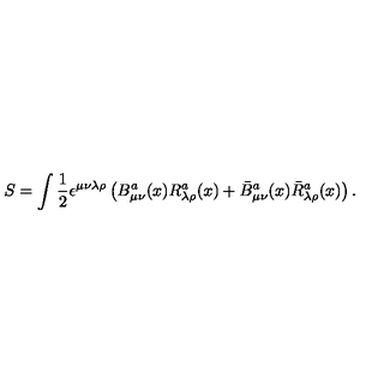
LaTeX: S = \int \frac { 1 } { 2 } \epsilon ^ { \mu \nu \lambda \rho } \left( B _ { \mu \nu } ^ { a } ( x ) R _ { \lambda \rho } ^ { a } ( x ) + \bar { B } _ { \mu \nu } ^ { a } ( x ) \bar { R } _ { \lambda \rho } ^ { a } ( x ) \right) .